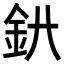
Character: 𨥃